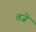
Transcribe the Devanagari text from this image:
तजे